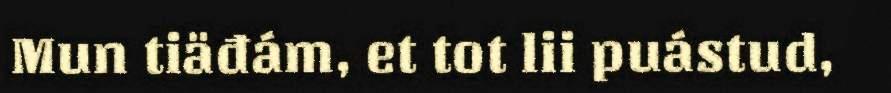
Mun tiäđám, et tot lii puástud,